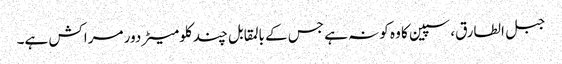
جبل الطارق، سپین کا وہ کونہ ہے جس کے بالمقابل چند کلومیٹر دور مراکش ہے۔